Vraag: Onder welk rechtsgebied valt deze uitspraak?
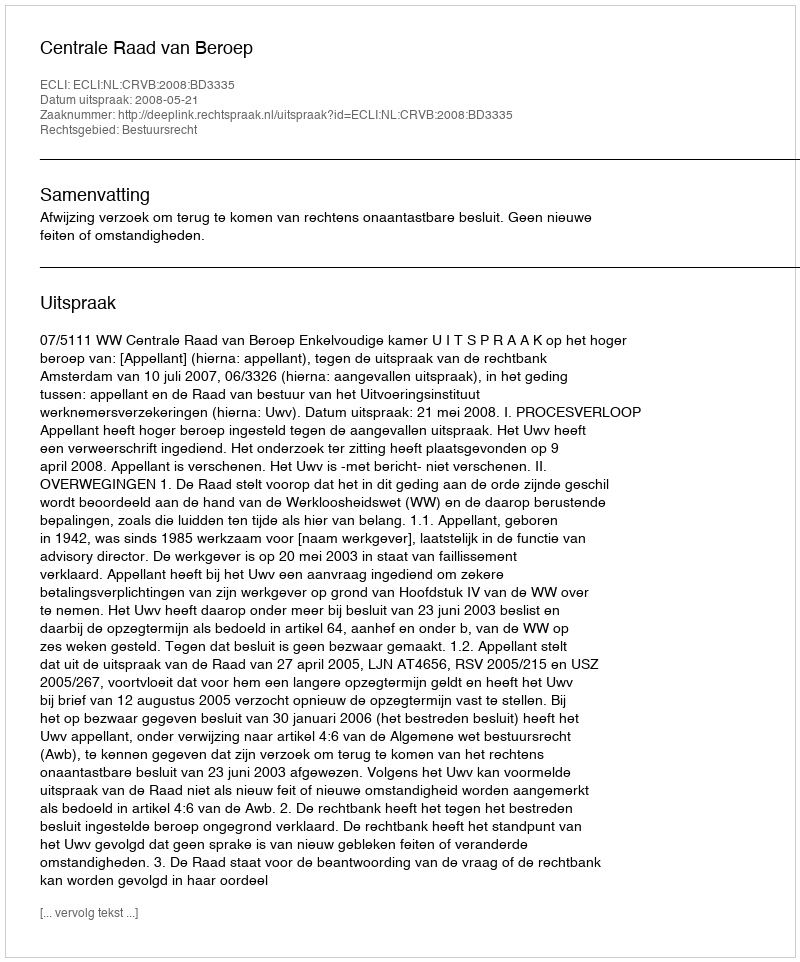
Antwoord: Bestuursrecht